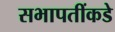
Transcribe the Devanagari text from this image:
सभापतींकडे